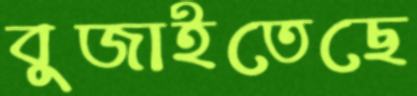
বুজাইতেছে